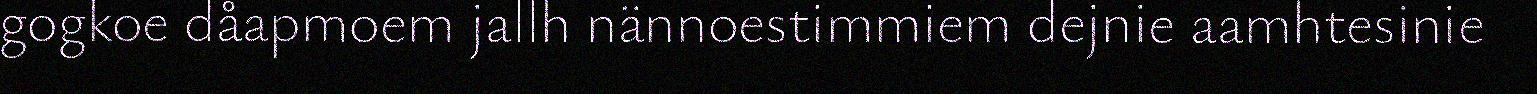
gogkoe dåapmoem jallh nännoestimmiem dejnie aamhtesinie